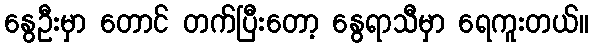
နွေဦးမှာ တောင် တက်ပြီးတော့ နွေရာသီမှာ ရေကူးတယ်။